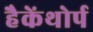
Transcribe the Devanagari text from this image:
हैकेंथोर्प